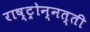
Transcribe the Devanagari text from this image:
राष्ट्रोन्नत्ती